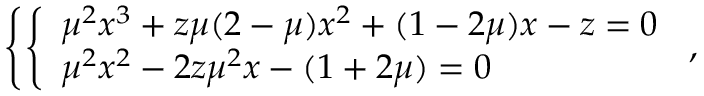
\left\{ \left\{ \begin{array} { l l } { { { \mu } ^ { 2 } x ^ { 3 } + z \mu ( 2 - \mu ) x ^ { 2 } + ( 1 - 2 \mu ) x - z = 0 } } \\ { { { \mu } ^ { 2 } x ^ { 2 } - 2 z { \mu } ^ { 2 } x - ( 1 + 2 \mu ) = 0 } } \end{array} \right. \right. ,